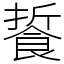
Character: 䭁